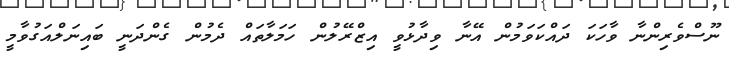
ނޫސްވެރިންނާ ވާހަކަ ދައްކަވަމުން އޭނާ ވިދާޅުވީ އިޒްރޭލުން ހަމަލާތައް ދެމުން ގެންދަނީ ބައިނަލްއަގުވާމީ